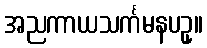
အညကာယသင်္ကမနပဥှ။